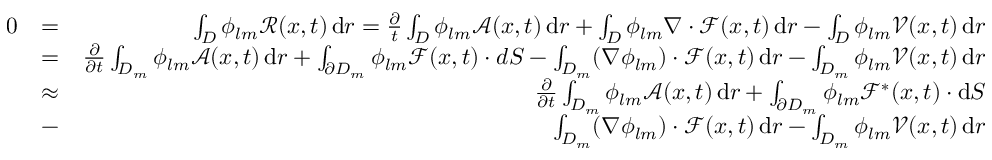
\begin{array} { r l r } { 0 } & { = } & { \int _ { D } \phi _ { l m } \mathcal { R } ( x , t ) \, \mathrm { d } r = \frac { \partial } { t } \int _ { D } \phi _ { l m } \mathcal { A } ( x , t ) \, \mathrm { d } r + \int _ { D } \phi _ { l m } \nabla \cdot \mathcal { F } ( x , t ) \, \mathrm { d } r - \int _ { D } \phi _ { l m } \mathcal { V } ( x , t ) \, \mathrm { d } r } \\ & { = } & { \frac { \partial } { \partial t } \int _ { D _ { m } } \phi _ { l m } \mathcal { A } ( x , t ) \, \mathrm { d } r + \int _ { \partial D _ { m } } \phi _ { l m } \mathcal { F } ( x , t ) \cdot d S - \int _ { D _ { m } } ( \nabla \phi _ { l m } ) \cdot \mathcal { F } ( x , t ) \, \mathrm { d } r - \int _ { D _ { m } } \phi _ { l m } \mathcal { V } ( x , t ) \, \mathrm { d } r } \\ & { \approx } & { \frac { \partial } { \partial t } \int _ { D _ { m } } \phi _ { l m } \mathcal { A } ( x , t ) \, \mathrm { d } r + \int _ { \partial D _ { m } } \phi _ { l m } \mathcal { F } ^ { * } ( x , t ) \cdot \mathrm { d } S } \\ & { - } & { \int _ { D _ { m } } ( \nabla \phi _ { l m } ) \cdot \mathcal { F } ( x , t ) \, \mathrm { d } r - \int _ { D _ { m } } \phi _ { l m } \mathcal { V } ( x , t ) \, \mathrm { d } r } \end{array}